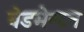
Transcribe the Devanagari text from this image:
बेडमेन्टन